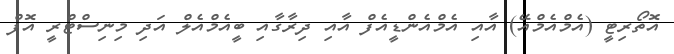
އޮތޯރިޓީ (އެމްއެމްއޭ) އާއި އެމްއެންޑީއެފް އާއި ދިރާގާއި ބީއެމްއެލް އަދި މިނިސްޓްރީ އޮފް